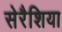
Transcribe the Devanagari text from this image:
सेरैशिया